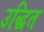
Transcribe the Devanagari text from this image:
उद्धित